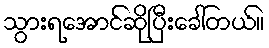
သွားရအောင်ဆိုပြီးခေါ်တယ်။